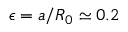
\epsilon = a / R _ { 0 } \simeq 0 . 2